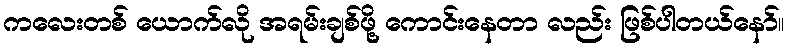
ကလေးတစ် ယောက်လို အရမ်းချစ်ဖို့ ကောင်းနေတာ လည်း ဖြစ်ပါတယ်နော်။